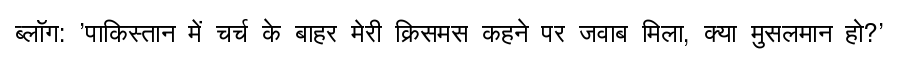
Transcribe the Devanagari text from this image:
ब्लॉग: 'पाकिस्तान में चर्च के बाहर मेरी क्रिसमस कहने पर जवाब मिला, क्या मुसलमान हो?'